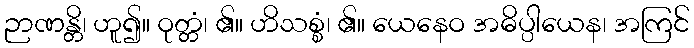
ဉာဏန္တိ၊ ဟူ၍။ ဝုတ္တံ၊ ၏။ ဟိသစ္စံ၊ ၏။ ယေနေဝ အဓိပ္ပါယေန၊ အကြင်